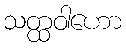
သတ္ထဝါဟော